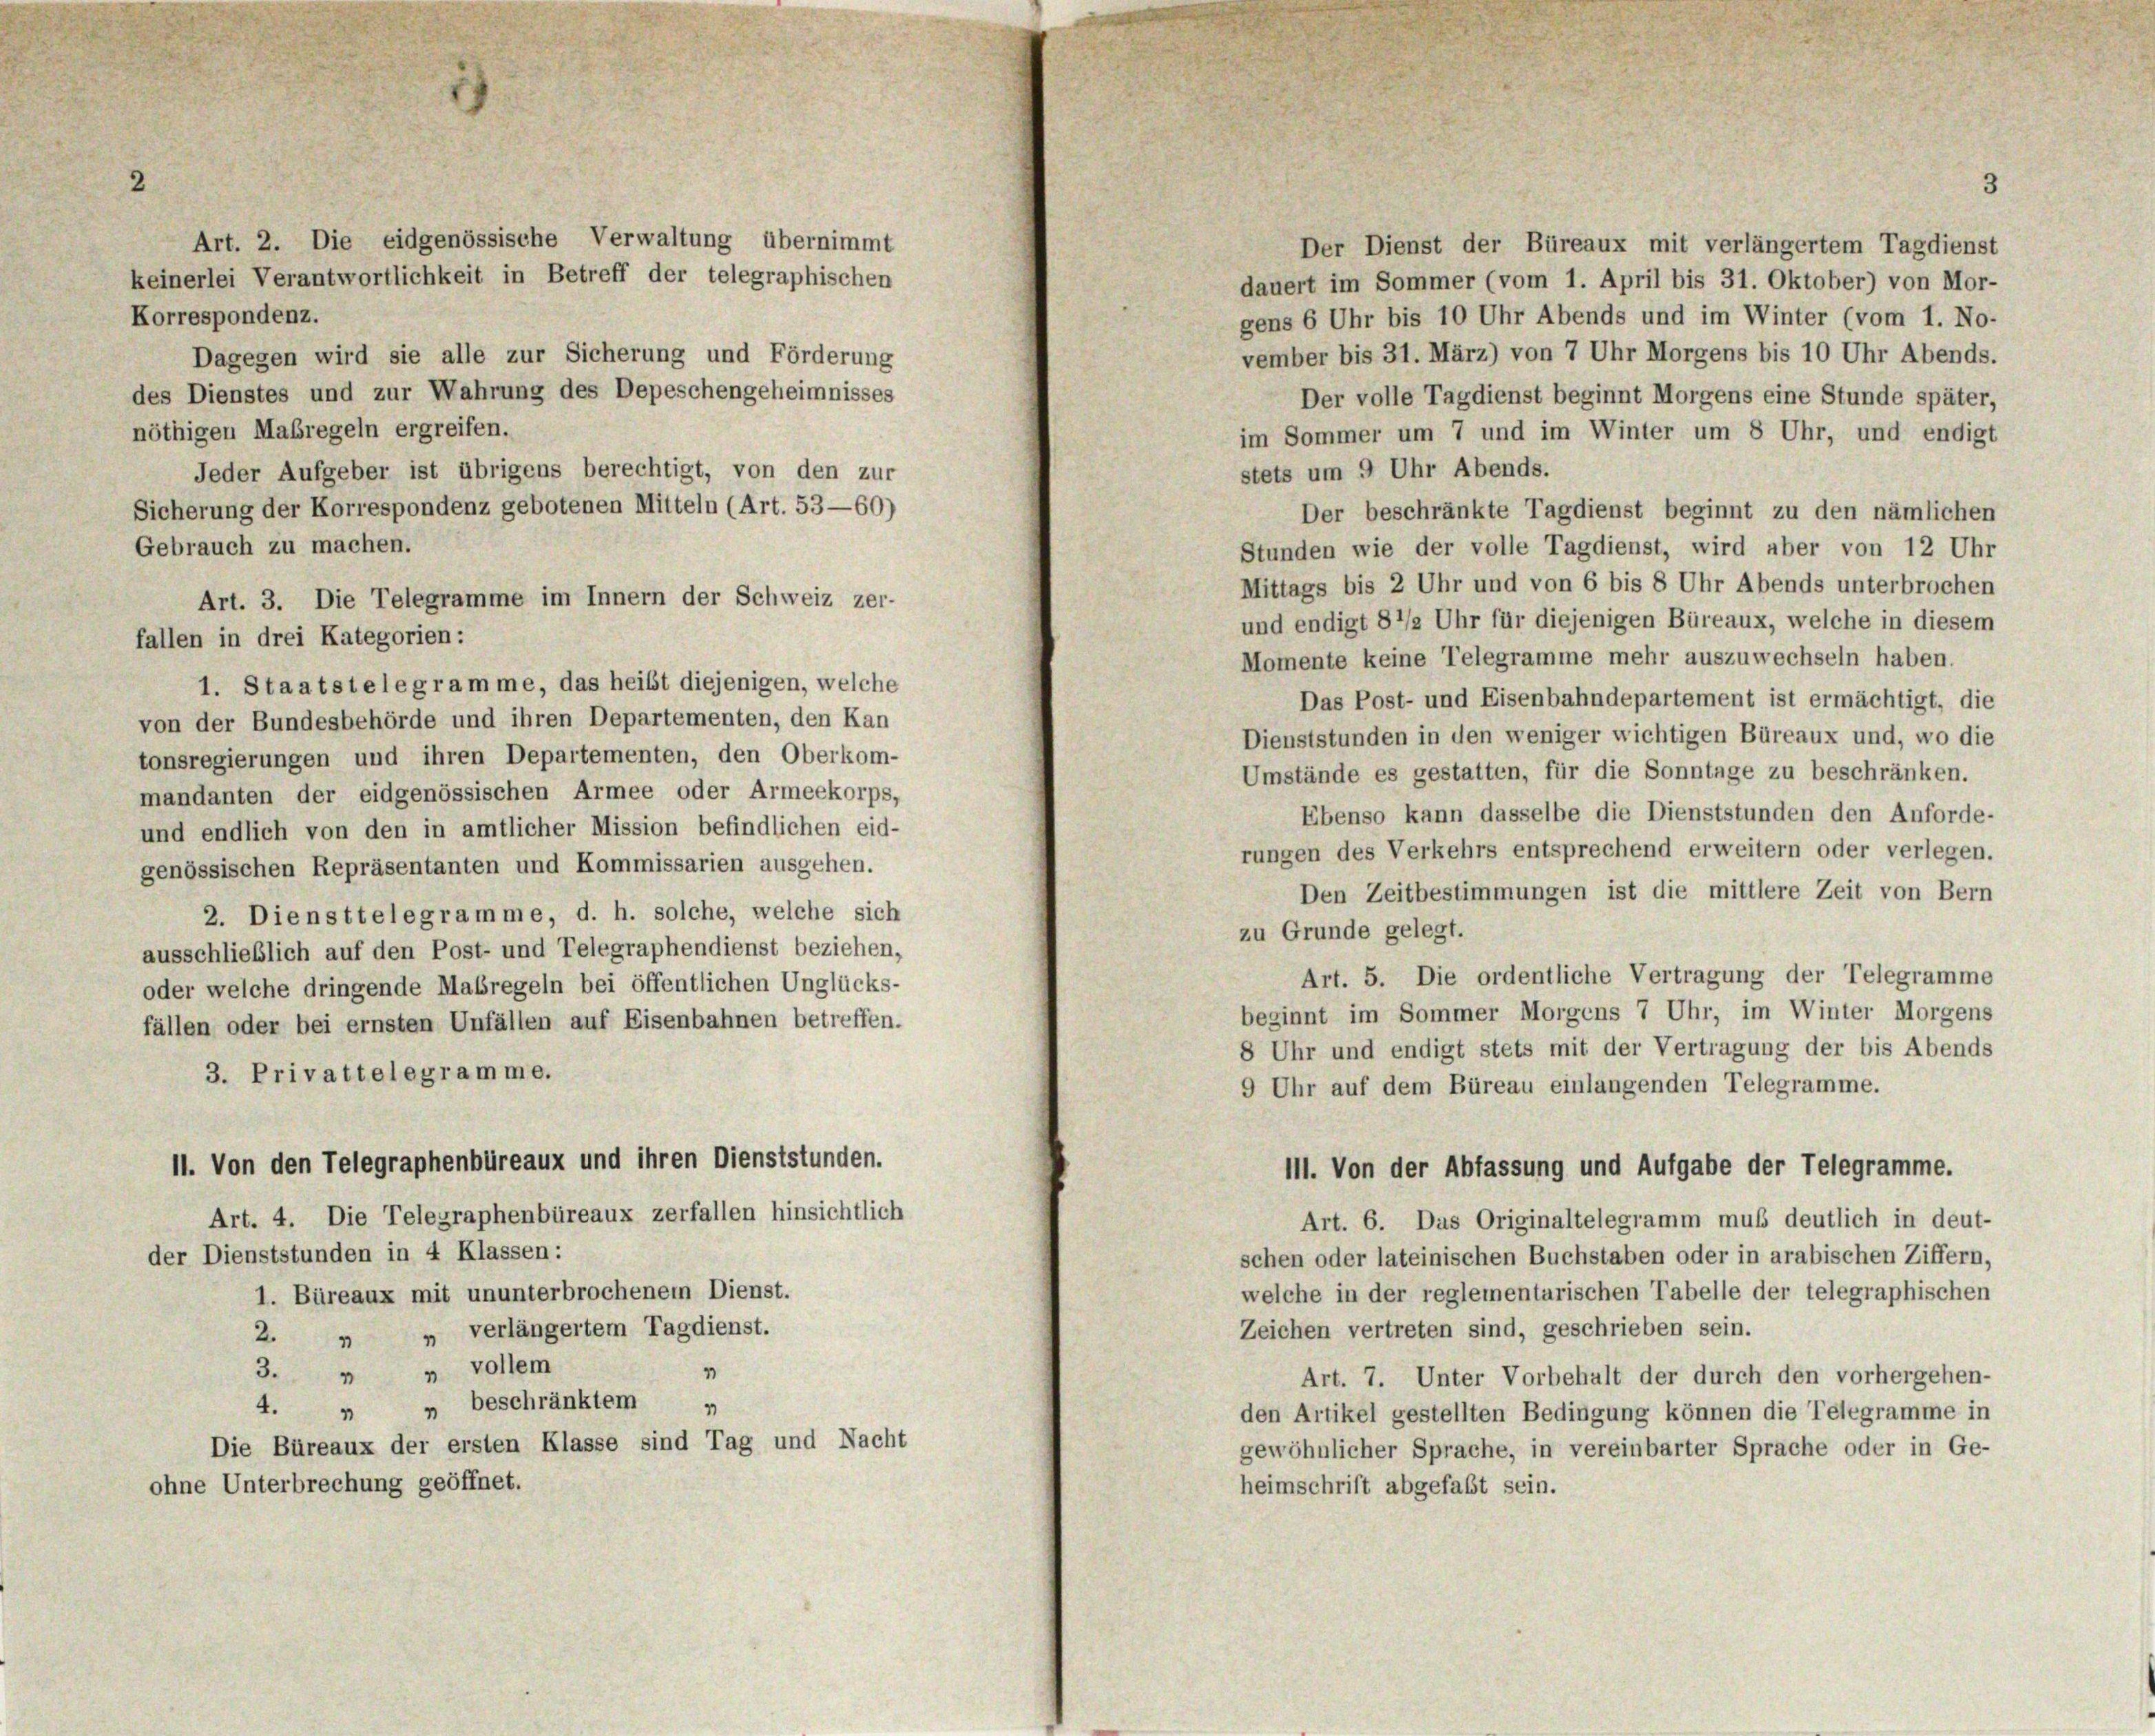
2

Art. 2. Die eidgenössische Verwaltung übernimmt
keinerlei Verantwortlichkeit in Betreff der telegraphischen
Korrespondenz.
Dagegen wird sie alle zur Sicherung und Förderung
des Dienstes und zur Wahrung des Depeschengeheimnisses
nöthigen Maßregeln ergreifen.
Jeder Aufgeber ist übrigens berechtigt, von den zur
Sicherung der Korrespondenz gebotenen Mitteln (Art. 53—60)
Gebrauch zu machen.
Art. 3. Die Telegramme im Innern der Schweiz zer-
fallen in drei Kategorien:
1. Staatstelegramme, das heilst diejenigen, welche
von der Bundesbehörde und ihren Departementen, den Kan
tonsregierungen und ihren Departementen, den Oberkom-
mandanten der eidgenössischen Armee oder Armeekorps,
und endlich von den in amtlicher Mission befindlichen eid-
genössischen Repräsentanten und Kommissarien ausgehen.
2. Diensttelegramme, d. h. solche, welche sich
ausschließlich auf den Post- und Telegraphendienst beziehen,
oder welche dringende Maßregeln bei öffentlichen Unglücks-
fällen oder bei ernsten Unfällen auf Eisenbahnen betreffen.
3. Privattelegramme.
II. Von den Telegraphenbüreaux und ihren Dienststunden.
Art. 4. Die Telegraphenbüreaux zerfallen hinsichtlich
der Dienststunden in 4 Klassen:
1. Büreaux mit ununterbrochenem Dienst.
2. „ „ verlängertem Tagdienst.
3. " " vollem
1
" beschränktem „
4.
1
Die Büreaux der ersten Klasse sind Tag und Nacht
ohne Unterbrechung geöffnet.

Der Dienst der Büreaux mit verlängertem Tagdienst
dauert im Sommer (vom 1. April bis 31. Oktober) von Mor-
gens 6 Uhr bis 10 Uhr Abends und im Winter (vom 1. No-
vember bis 31. März) von 7 Uhr Morgens bis 10 Uhr Abends.
Der volle Tagdienst beginnt Morgens eine Stunde später,
im Sommer um 7 und im Winter um 8 Uhr, und endigt
stets um 9 Uhr Abends.
Der beschränkte Tagdienst beginnt zu den nämlichen
Stunden wie der volle Tagdienst, wird aber von 12 Uhr
Mittags bis 2 Uhr und von 6 bis 8 Uhr Abends unterbrochen
und endigt 8 1/2 Uhr für diejenigen Büreaux, welche in diesem
Momente keine Telegramme mehr auszuwechseln haben.
Das Post- und Eisenbahndepartement ist ermächtigt, die
Dienststunden in den weniger wichtigen Büreaux und, wo die
Umstände es gestatten, für die Sonntage zu beschränken.
Ebenso kann dasselbe die Dienststunden den Anforde-
rungen des Verkehrs entsprechend erweitern oder verlegen.
Den Zeitbestimmungen ist die mittlere Zeit von Bern
zu Grunde gelegt.
Art. 5. Die ordentliche Vertragung der Telegramme
beginnt im Sommer Morgens 7 Uhr, im Winter Morgens
8 Uhr und endigt stets mit der Vertragung der bis Abends
9 Uhr auf dem Büreau einlangenden Telegramme.
III. Von der Abfassung und Aufgabe der Telegramme.
Art. 6. Das Originaltelegramm muß deutlich in deut-
schen oder lateinischen Buchstaben oder in arabischen Ziffern,
welche in der reglementarischen Tabelle der telegraphischen
Zeichen vertreten sind, geschrieben sein.
Art. 7. Unter Vorbehalt der durch den vorhergehen-
den Artikel gestellten Bedingung können die Telegramme in
gewöhnlicher Sprache, in vereinbarter Sprache oder in Ge-
heimschrift abgefaßt sein.